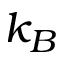
k _ { B }